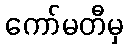
ကော်မတီမှ